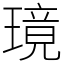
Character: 璄